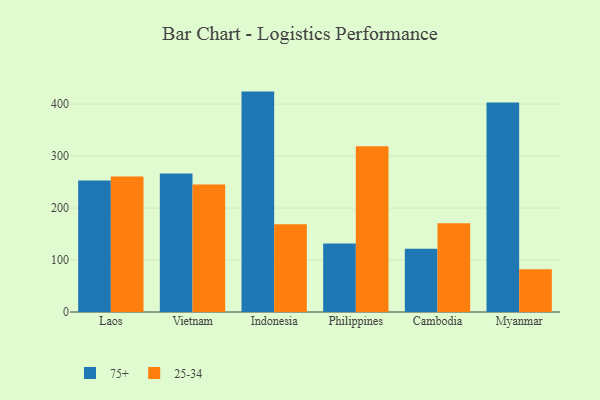
{"axis": {"x": "Country", "y": "Operating Costs (USD K)"}, "legend": ["25-34", "75+"], "data": [{"x": "Laos", "y": 252.8, "type": "75+"}, {"x": "Laos", "y": 260.8, "type": "25-34"}, {"x": "Vietnam", "y": 266.5, "type": "75+"}, {"x": "Vietnam", "y": 245.3, "type": "25-34"}, {"x": "Indonesia", "y": 424.1, "type": "75+"}, {"x": "Indonesia", "y": 168.9, "type": "25-34"}, {"x": "Philippines", "y": 131.7, "type": "75+"}, {"x": "Philippines", "y": 319.0, "type": "25-34"}, {"x": "Cambodia", "y": 121.9, "type": "75+"}, {"x": "Cambodia", "y": 170.7, "type": "25-34"}, {"x": "Myanmar", "y": 403.2, "type": "75+"}, {"x": "Myanmar", "y": 82.4, "type": "25-34"}]}